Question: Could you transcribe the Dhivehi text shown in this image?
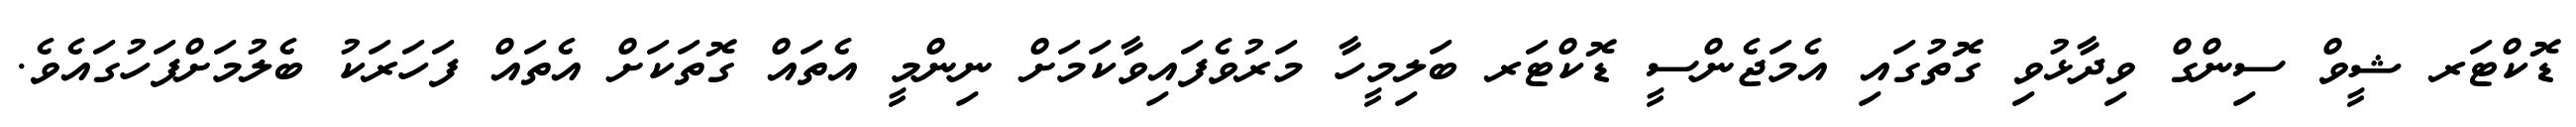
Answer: ޑޮކްޓަރ ޝީވް ސިންގް ވިދާޅުވި ގޮތުގައި އެމަޖެންސީ ޑޮކްޓަރ ބަލިމީހާ މަރުވެފައިވާކަމަށް ނިންމީ އެތައް ގޮތަކަށް އެތައް ފަހަރަކު ބެލުމަށްފަހުގައެވެ.